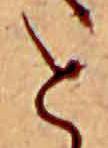
と